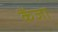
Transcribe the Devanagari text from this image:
कैंजा